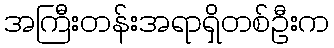
အကြီးတန်းအရာရှိတစ်ဦးက